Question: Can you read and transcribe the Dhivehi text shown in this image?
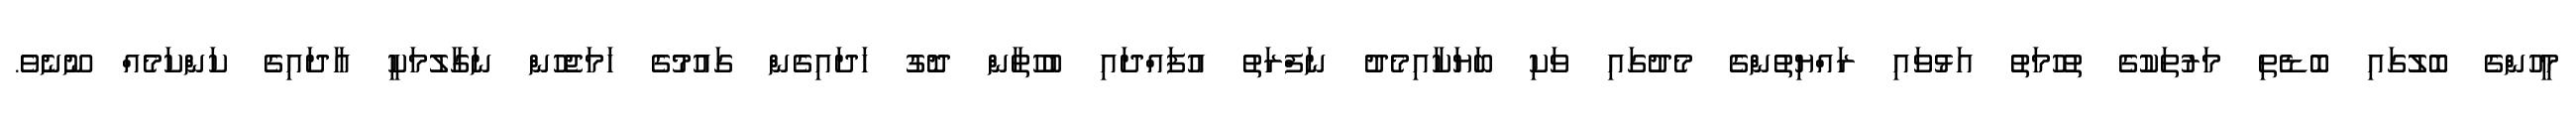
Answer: މީހުންގެ ބޮލުގައި ބޮޑެތި މަރުތަކުގެ ތުހުމަތު އަޅުވައި ރައްޔިތުންގެ މެދުގައި ވަކި ބަޔަކާއިމެދު ނަފްރަތު އުފައްދައި ބުހުތާން ދޮގު ހަދައިގެން ގައުމުގެ ހަމަޖެހުން ނަގާލުމަކީ އާދައިގެ ކަންކަމެއް ނޫނެވެ.